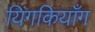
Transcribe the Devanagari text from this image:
यिंगकियाँग